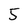
Character: 5